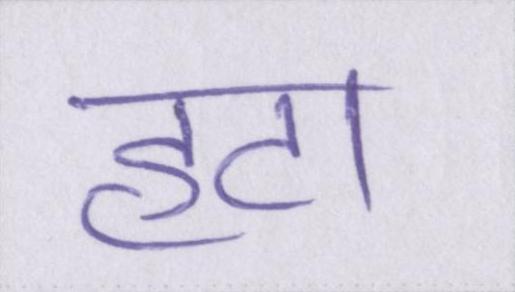
हटा